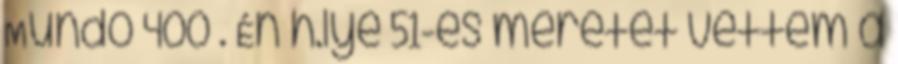
Mundo 400 . Én h.lye 51-es méretet vettem a